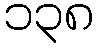
၁၃၈